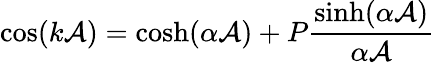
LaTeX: \cos(k\mathcal{A})=\cosh(\alpha\mathcal{A})+P{\frac{{\sinh(\alpha\mathcal{A})}}{{\alpha\mathcal{A}}}}